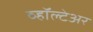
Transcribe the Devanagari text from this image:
व्हॉल्टेअर